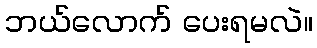
ဘယ်လောက် ပေးရမလဲ။